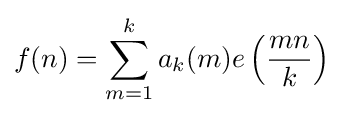
f(n)=\sum _{m=1}^{k}a_{k}(m)e\left({\frac {mn}{k}}\right)